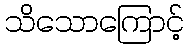
သိသောကြောင့်